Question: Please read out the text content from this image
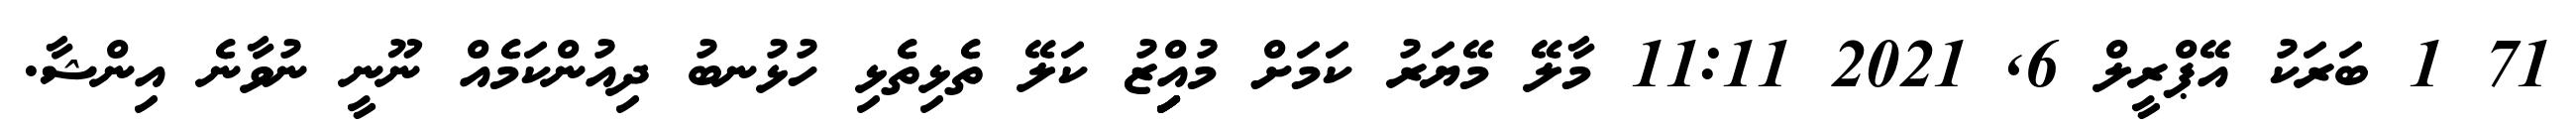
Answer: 71 1 ބަރަކު އޭޕްރީލް 6, 2021 11:11 މާލޭ މޭޔަރު ކަމަށް މުއިިިިިްޒު ކަލޭ ތެޅިތެޅި ހުޅުނބު ދިއުންކަމެއް ނޫނީ ނުވާނެ އިންޝާ.